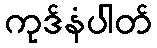
ကုဒ်နံပါတ်